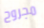
مجروح